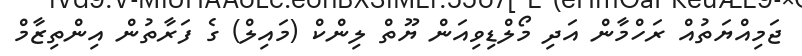
ޖަމިއްޔަތުއް ރަހްމާން އަދި މޯލްޑިވިއަން ޔޫތް ލިންކް (މައިލް) ގެ ފަރާތުން އިންތިޒާމް